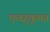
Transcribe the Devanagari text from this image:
एलहुकूमत